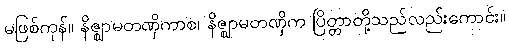
မဖြစ်ကုန်။ နိဇ္ဈာမတဏှိကာစ၊ နိဇ္ဈာမတဏှိက ပြိတ္တာတို့သည်လည်းကောင်း။